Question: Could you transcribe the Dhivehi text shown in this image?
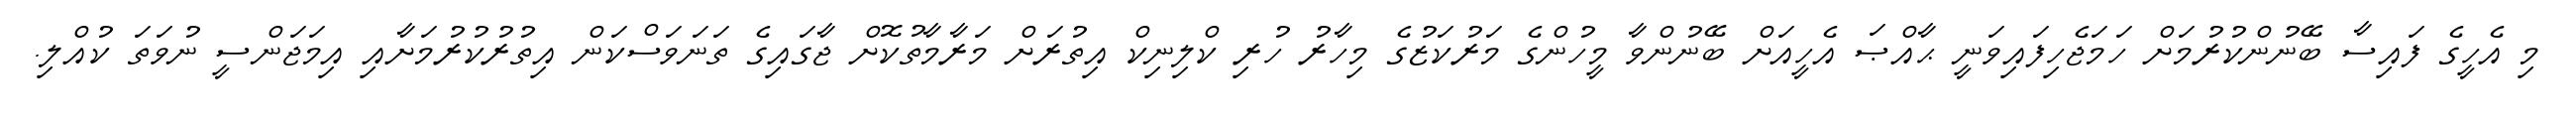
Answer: މި އެހީގެ ފައިސާ ބޭނުންކުރުމަށް ހަމަޖެހިފައިވަނީ ޙާއްޞަ އެހީއަށް ބޭނުންވާ މީހުންގެ މަރުކަޒުގެ މިހާރު ހުރި ކްލިނިކް އިތުރަށް މަރާމާތުކޮށް ޖާގައިގެ ތަނަވަސްކަން އިތުރުކުރުމަށާއި އިމަޖަންސީ ނުވަތަ ކުއްލި.